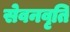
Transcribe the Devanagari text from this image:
सेवनवृति